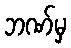
ဘဏ်မှ